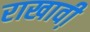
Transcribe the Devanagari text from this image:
राखावी़